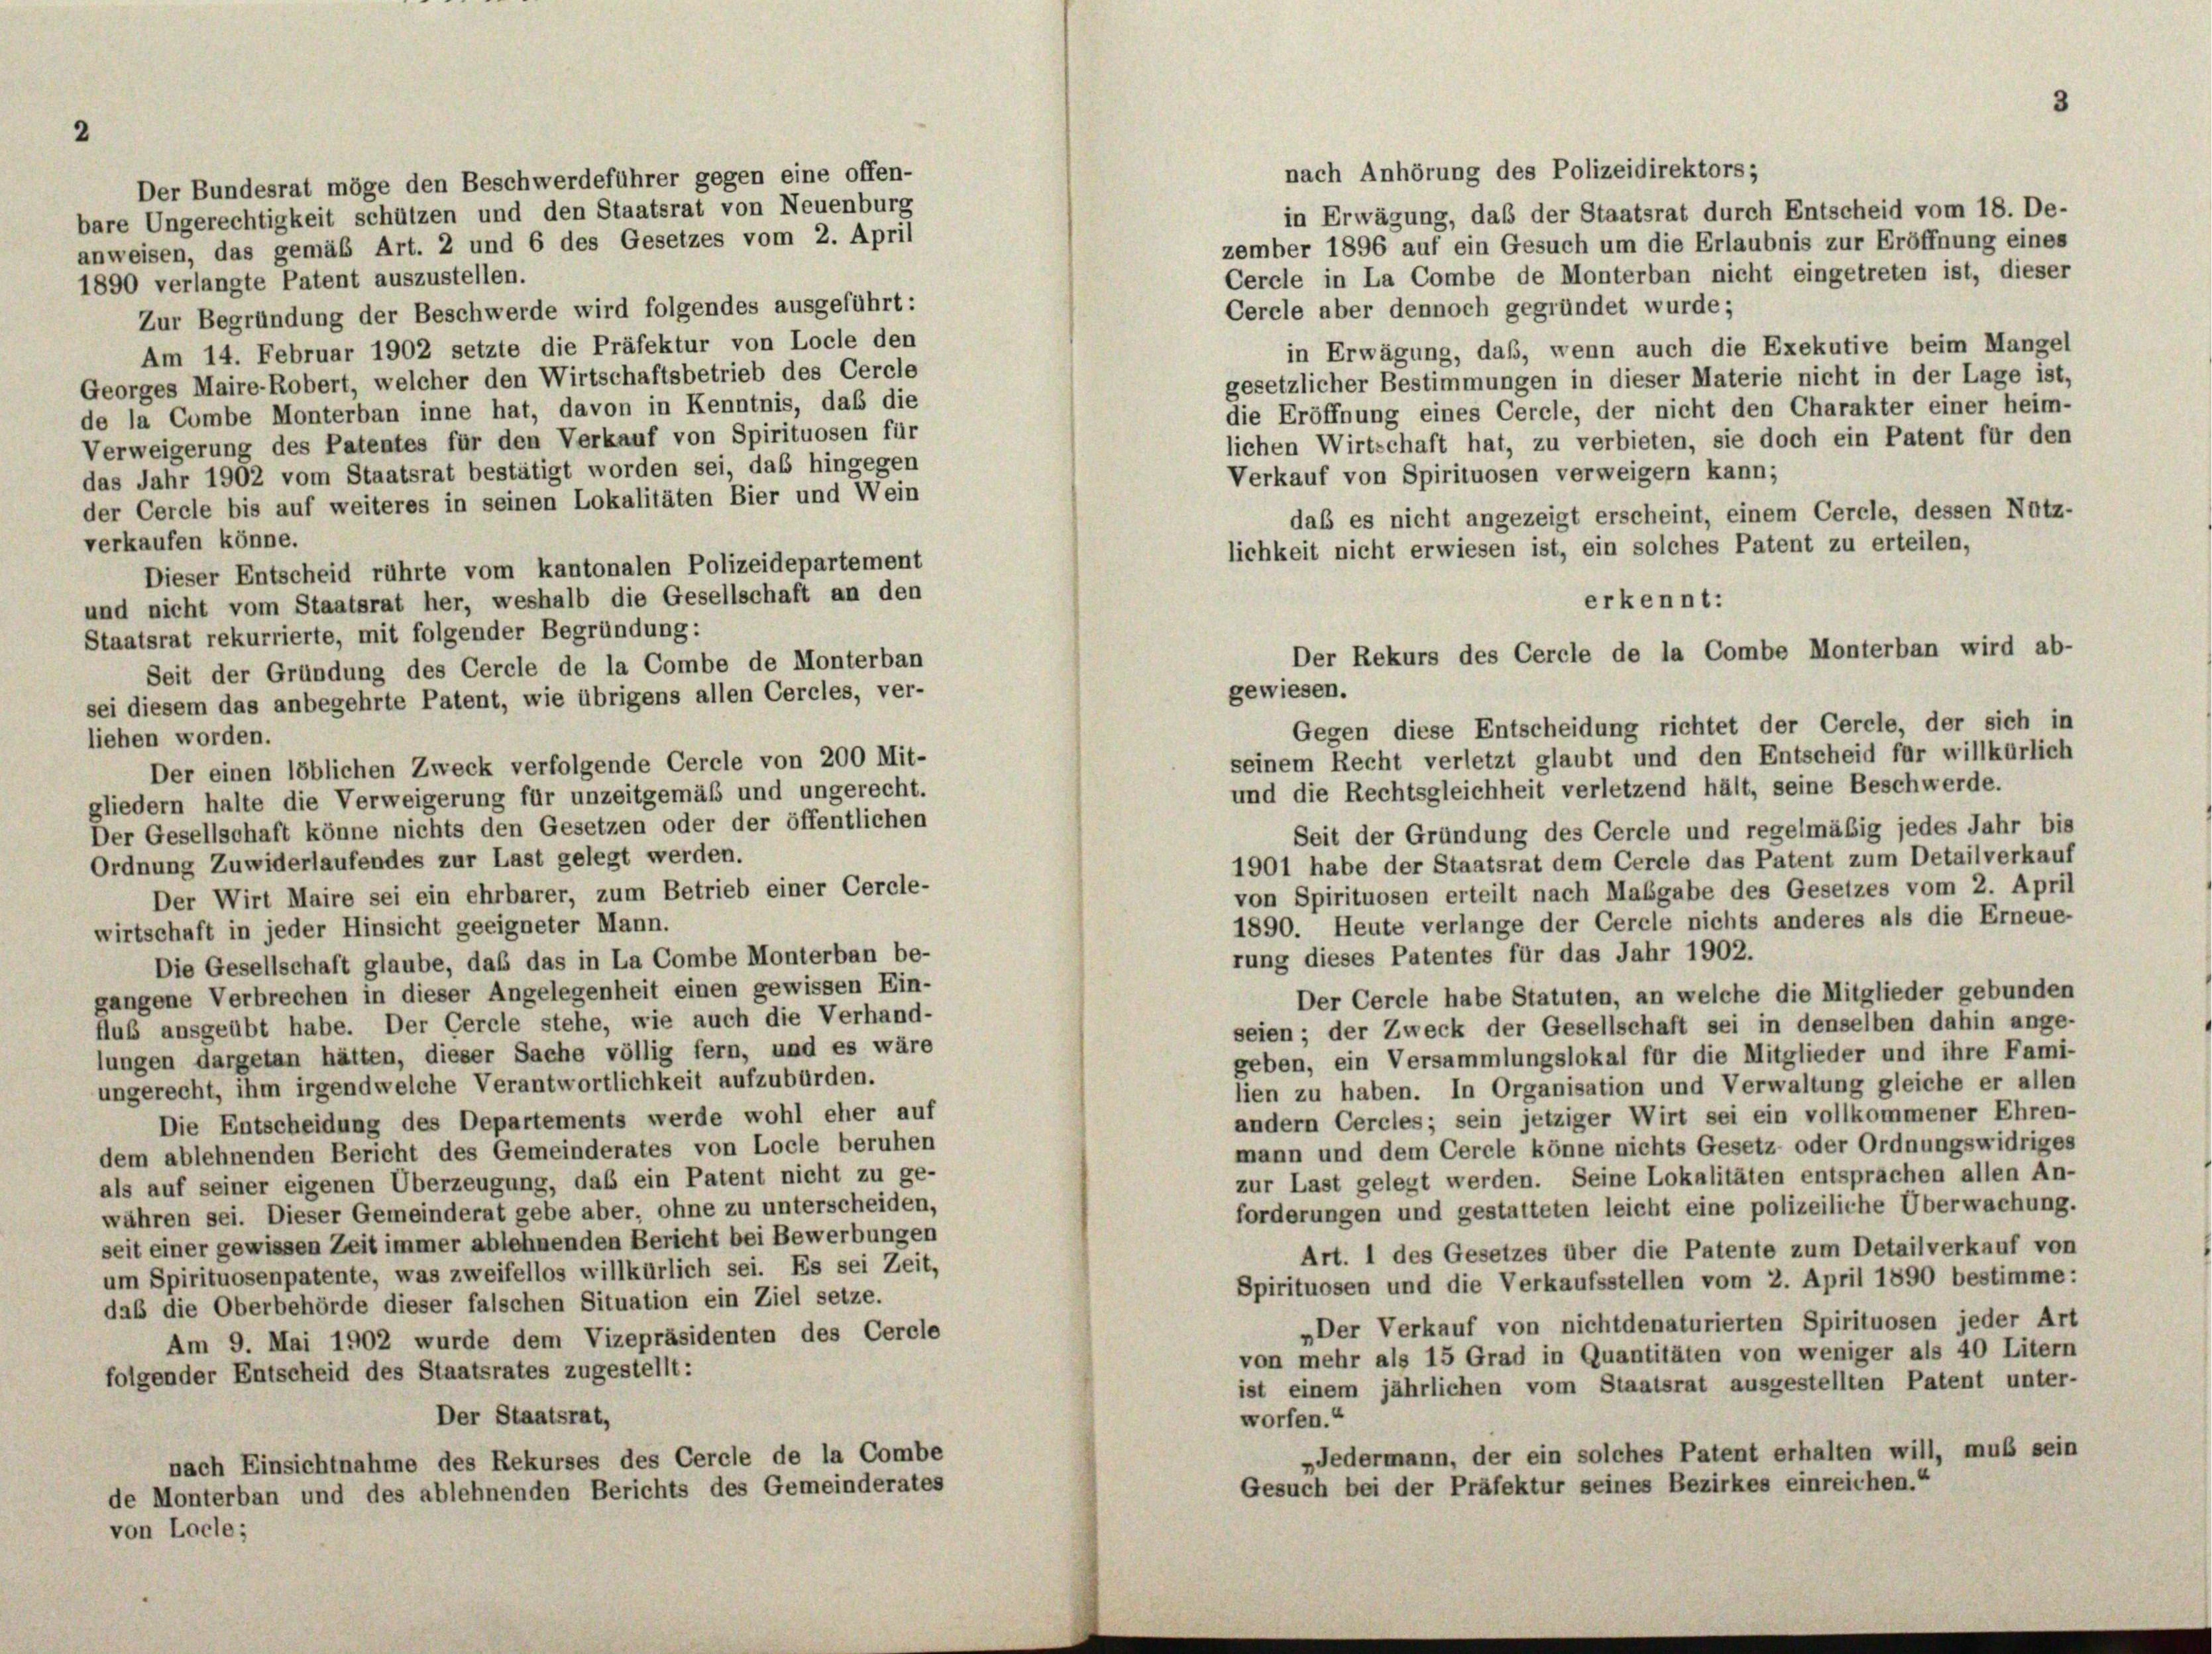
Der Bundesrat möge den Beschwerdeführer gegen eine offen-
bare Ungerechtigkeit schützen und den Staatsrat von Neuenburg
anweisen, das gemäß Art. 2 und 6 des Gesetzes vom 2. April
1890 verlangte Patent auszustellen.
Zur Begründung der Beschwerde wird folgendes ausgeführt:
Am 14. Februar 1902 setzte die Präfektur von Locle den
Georges Maire-Robert, welcher den Wirtschaftsbetrieb des Cercle
de la Combe Monterban inne hat, davon in Kenntnis, daß die
Verweigerung des Patentes für den Verkauf von Spirituosen für
das Jahr 1902 vom Staatsrat bestätigt worden sei, das hingegen
der Cercle bis auf weiteres in seinen Lokalitäten Bier und Wein
verkaufen könne.
Dieser Entscheid rührte vom kantonalen Polizeidepartement
und nicht vom Staatsrat her, weshalb die Gesellschaft an den
Staatsrat rekurrierte, mit folgender Begründung:
Seit der Gründung des Cercle de la Combe de Monterban
sei diesem das anbegehrte Patent, wie übrigens allen Cercles, ver-
liehen worden.
Der einen löblichen Zweck verfolgende Cercle von 200 Mit-
gliedern halte die Verweigerung für unzeitgemäß und ungerecht.
Der Gesellschaft könne nichts den Gesetzen oder der öffentlichen
Ordnung Zuwiderlaufendes zur Last gelegt werden.
Der Wirt Maire sei ein ehrbarer, zum Betrieb einer Cercle-
wirtschaft in jeder Hinsicht geeigneter Mann.
Die Gesellschaft glaube, daß das in La Combe Monterban be-
gangene Verbrechen in dieser Angelegenheit einen gewissen Ein-
fluß ausgeübt habe. Der Cercle stehe, wie auch die Verhand-
lungen dargetan hätten, dieser Sache völlig fern, und es wäre
ungerecht, ihm irgendwelche Verantwortlichkeit aufzubürden.
Die Entscheidung des Departements werde wohl eher auf
dem ablehnenden Bericht des Gemeinderates von Locle beruhen
als auf seiner eigenen Überzeugung, daß ein Patent nicht zu ge-
währen sei. Dieser Gemeinderat gebe aber, ohne zu unterscheiden,
seit einer gewissen Zeit immer ablehnenden Bericht bei Bewerbungen
um Spirituosenpatente, was zweifellos willkürlich sei. Es sei Zeit,
daß die Oberbehörde dieser falschen Situation ein Ziel setze.
Am 9. Mai 1902 wurde dem Vizepräsidenten des Cercle
folgender Entscheid des Staatsrates zugestellt:
Der Staatsrat,
nach Einsichtnahme des Rekurses des Cercle de la Combe
de Monterban und des ablehnenden Berichts des Gemeinderates
von Locle;

nach Anhörung des Polizeidirektors;
in Erwägung, daß der Staatsrat durch Entscheid vom 18. De-
zember 1896 auf ein Gesuch um die Erlaubnis zur Eröffnung eines
Cercle in La Combe de Monterban nicht eingetreten ist, dieser
Cercle aber dennoch gegründet wurde;
in Erwägung, daß, wenn auch die Exekutive beim Mangel
gesetzlicher Bestimmungen in dieser Materie nicht in der Lage ist,
die Eröffnung eines Cercle, der nicht den Charakter einer heim-
lichen Wirtschaft hat, zu verbieten, sie doch ein Patent für den
Verkauf von Spirituosen verweigern kann;
daß es nicht angezeigt erscheint, einem Cercle, dessen Nutz-
lichkeit nicht erwiesen ist, ein solches Patent zu erteilen,

erkennt:
Der Rekurs des Cercle de la Combe Monterban wird ab-
gewiesen.

Gegen diese Entscheidung richtet der Cercle, der sich in
seinem Recht verletzt glaubt und den Entscheid für willkürlich
und die Rechtsgleichheit verletzend hält, seine Beschwerde.
Seit der Gründung des Cercle und regelmäßig jedes Jahr bis
1901 habe der Staatsrat dem Cercle das Patent zum Detailverkauf
von Spirituosen erteilt nach Mabgabe des Gesetzes vom 2. April
1890. Heute verlange der Cercle nichts anderes als die Erneue-
rung dieses Patentes für das Jahr 1902.
Der Cercle habe Statuten, an welche die Mitglieder gebunden
seien; der Zweck der Gesellschaft sei in denselben dahin ange-
geben, ein Versammlungslokal für die Mitglieder und ihre Fami-
lien zu haben. In Organisation und Verwaltung gleiche er allen
andern Cercles; sein jetziger Wirt sei ein vollkommener Ehren-
mann und dem Cercle könne nichts Gesetz oder Ordnungswidriges
zur Last gelegt werden. Seine Lokalitäten entsprachen allen An-
forderungen und gestatteten leicht eine polizeiliche Überwachung.
Art. 1 des Gesetzes über die Patente zum Detailverkauf von
Spirituosen und die Verkaufsstellen vom 2. April 1890 bestimme:
„Der Verkauf von nichtdenaturierten Spirituosen jeder Art
von mehr als 15 Grad in Quantitäten von weniger als 40 Litern
ist einem jährlichen vom Staatsrat ausgestellten Patent unter-
worfen.“
„Jedermann, der ein solches Patent erhalten will, muß sein
Gesuch bei der Präfektur seines Bezirkes einreichen.“